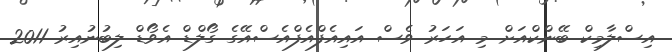
އިސްލާމިކް ބޭންކްއަށް މި އަހަރު ވެސް އައިއެފްއެފްއެސްއޭގެ ގޯލްޑް އެވޯޑް ލިބުނުއިރު 2011